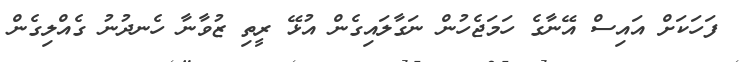
ފަހަކަށް އައިސް އޭނާގެ ހަމަޖެހުން ނަގާލައިގެން އުޅޭ ރީތި ޒުވާނާ ހެނދުނު ގެއްލިގެން